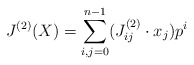
\begin{align*}J^{(2)}(X)=\sum_{i,j=0}^{n-1}(J^{(2)}_{ij}\cdot x_j)p^{i}\end{align*}